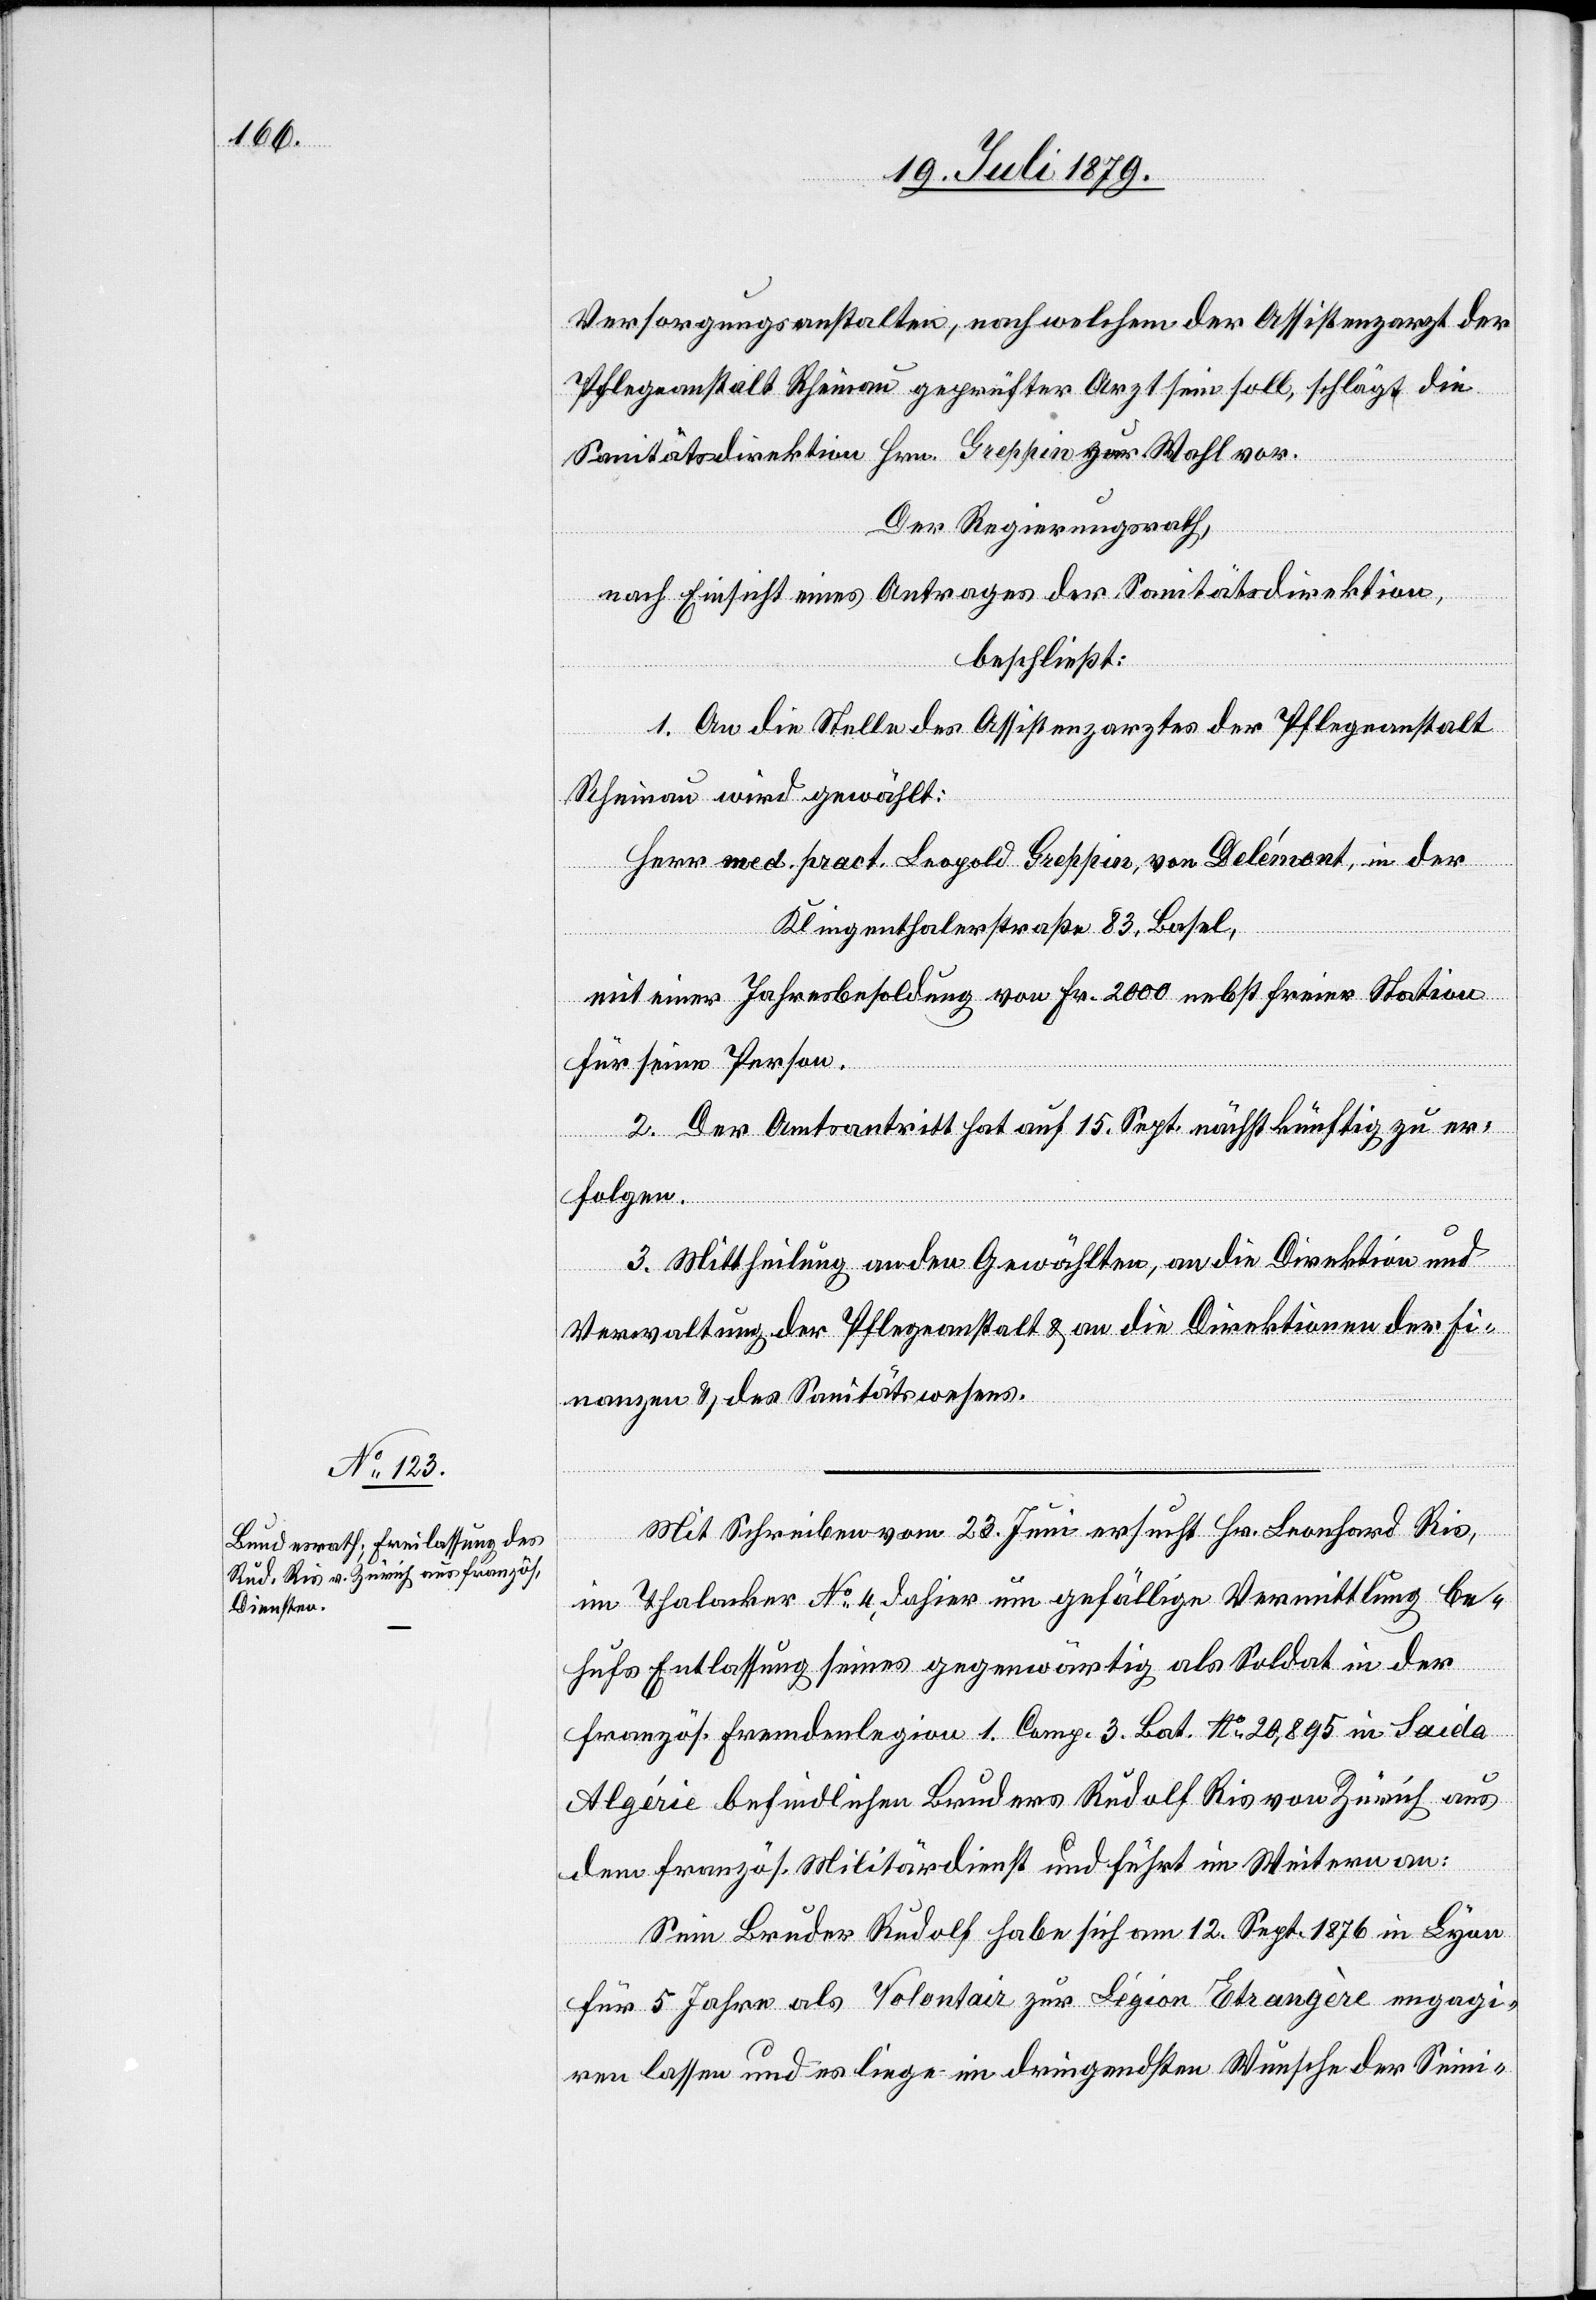
Versorgungsanstalten, nach welchem der Assistenzarzt der
Pflegeanstalt Rheinau geprüfter Arzt sein soll, schlägt die
Sanitätsdirektion Hrn. Greppin zur Wahl vor.
Der Regierungsrath,
nach Einsicht eines Antrages der Sanitätsdirektion,
beschließt:
1. An die Stelle des Assistenzarztes der Pflegeanstalt
Rheinau wird gewählt:
Herr med. pract. Leopold Greppin, von Delémont, in der
Klingenthalerstraße 83, Basel,
mit einer Jahresbesoldung von Fr. 2000 nebst freier Station
für seine Person.
2. Der Amtsantritt hat auf 15. Sept. nächstkünftig zu er¬
folgen.
3. Mittheilung an den Gewählten, an die Direktion und
Verwaltung der Pflegeanstalt & an die Direktionen der Fi¬
nanzen & des Sanitätswesens.
Mit Schreiben vom 23. Juni ersucht Hr. Leonhard Ris,
im Thalacker No 4, dahier um gefällige Vermittlung be¬
hufs Entlassung seines gegenwärtig als Soldat in der
französ. Fremdenlegion 1. Comp. 3. Bat. No 20,895 in Saida
Algérie befindlichen Bruders Rudolf Ris von Zürich aus
dem französ. Militärdienst und führt im Weitern an:
Sein Bruder Rudolf habe sich am 12. Sept. 1876 in Lyon
für 5 Jahre als Volontair zur Légion Etrangère engagi¬
ren lassen und es liege im dringendsten Wunsche der Seini-